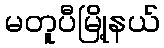
မတူပီမြို့နယ်